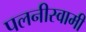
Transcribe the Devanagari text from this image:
पलनीस्वामी